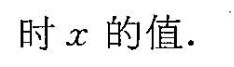
时x的值